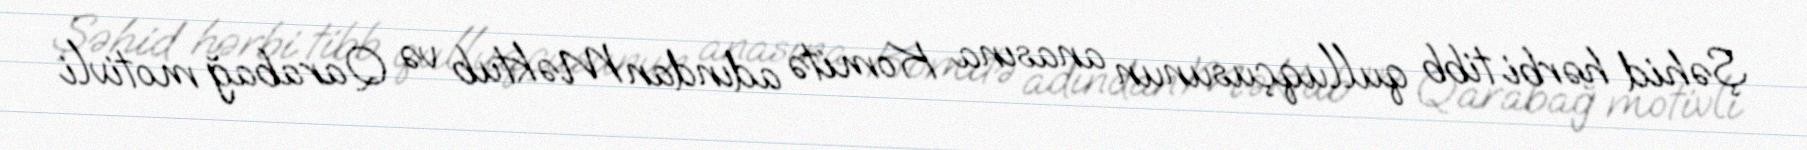
Şəhid hərbi tibb qulluqçusunun anasına Komitə adından Məktub və Qarabağ motivli